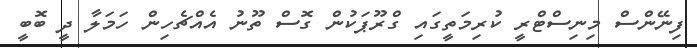
ފިނޭންސް މިނިސްޓްރީ ކުރިމަތީގައި ގްރޫޕަކުން ގޮސް ތޫނު އެއްޗެހިން ހަމަލާ ދީ ބޮބީ